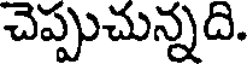
చెప్పుచున్నది.